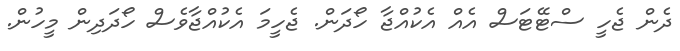
ދެން ޖެހީ ސްޓޭޓަސް އެއް އެކުއްޖާ ހޯދަން. ޖެހީމަ އެކުއްޖާވެސް ހޯދަދިން މީހުން.